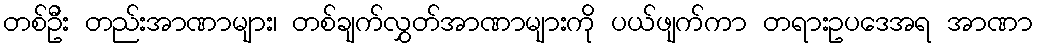
တစ်ဦး တည်းအာဏာများ၊ တစ်ချက်လွှတ်အာဏာများကို ပယ်ဖျက်ကာ တရားဥပဒေအရ အာဏာ